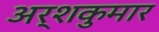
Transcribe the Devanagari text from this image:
अर्शकुमार